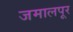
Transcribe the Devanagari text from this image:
जमालपूर